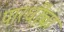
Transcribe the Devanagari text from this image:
पारधींचा